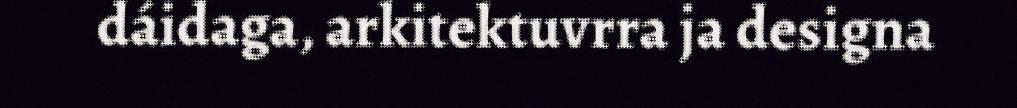
dáidaga, arkitektuvrra ja designa